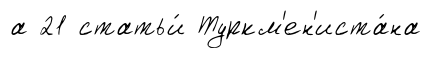
а 21 статьи́ Туркм'ен'иста́на